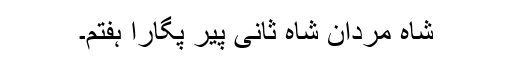
شاہ مردان شاہ ثانی پیر پگارا ہفتم۔